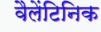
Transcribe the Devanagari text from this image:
वैलेंटिनिक